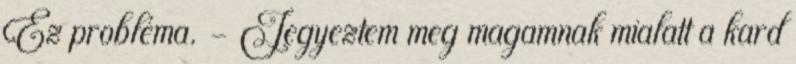
Ez probléma. - Jegyeztem meg magamnak mialatt a kard